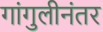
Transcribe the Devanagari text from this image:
गांगुलीनंतर